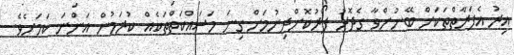
އިރު އެފަރާތްތަކަށް ބޭނުންވާ ގެދޮރު ފޯރުކޮށްދިނުމަށް ގިނަ މަސައްކަތްތަކެއް ކުރަމުން އަންނަ ކަމަށެވެ.